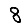
Digit: 8